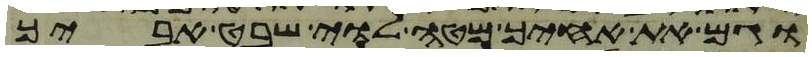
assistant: וגם את אחיך מטה לוי שבט אביך